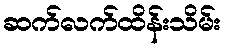
ဆက်လက်ထိန်းသိမ်း